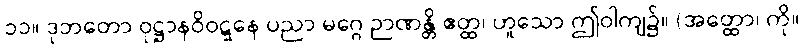
၁၁။ ဒုဘတော ဝုဋ္ဌာနဝိဝဋ္ဋနေ ပညာ မဂ္ဂေ ဉာဏန္တိ ဧတ္ထ၊ ဟူသော ဤဝါကျ၌။ (အတ္ထော၊ ကို။